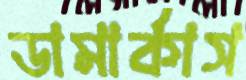
ডামার্কাস